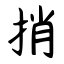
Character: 捎